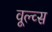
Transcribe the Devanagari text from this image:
वूल्व्स